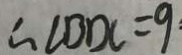
\therefore \angle B D C = 9